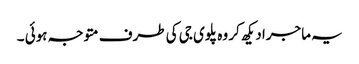
یہ ماجرا دیکھ کر وہ پلوی جی کی طرف متوجہ ہوئی ۔